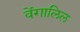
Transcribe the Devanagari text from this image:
वेंगालिल